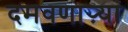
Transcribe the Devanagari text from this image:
दमवणाऱ्या